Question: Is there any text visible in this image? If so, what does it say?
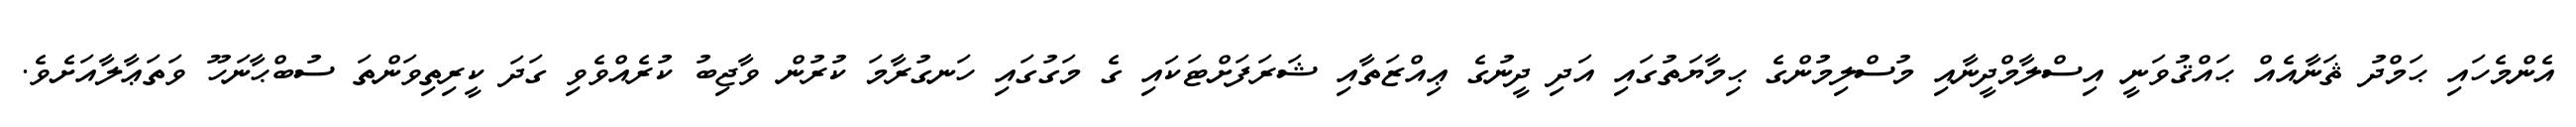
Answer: އެންމެހައި ޙަމްދު ޘަނާއެއް ޙައްޤުވަނީ އިސްލާމްދީނާއި މުސްލިމުންގެ ޙިމާޔަތުގައި އަދި ދީނުގެ ޢިއްޒަތާއި ޝަރަފަށްޓަކައި ގެ މަގުގައި ހަނގުރާމަ ކުރުން ވާޖިބު ކުރެއްވެވި ގަދަ ކީރިތިވަންތަ ސުބްޙާނަހޫ ވަތަޢާލާއަށެވެ.